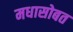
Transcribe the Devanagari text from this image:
मधासोबत